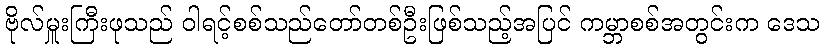
ဗိုလ်မှူးကြီးဖုသည် ဝါရင့်စစ်သည်တော်တစ်ဦးဖြစ်သည့်အပြင် ကမ္ဘာစစ်အတွင်းက ဒေသ